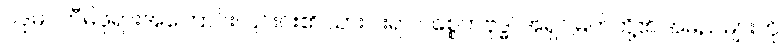
ပဒုမဝတီမိဖုရားအကြောင်း၊ ၎င်းင်း၏ သားငါးရာ ပစ္စေကဗုဒ္ဓါ အရှင်မြတ်တို့၏ အမည်များကို